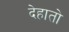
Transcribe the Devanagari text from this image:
देहातो